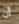
أن